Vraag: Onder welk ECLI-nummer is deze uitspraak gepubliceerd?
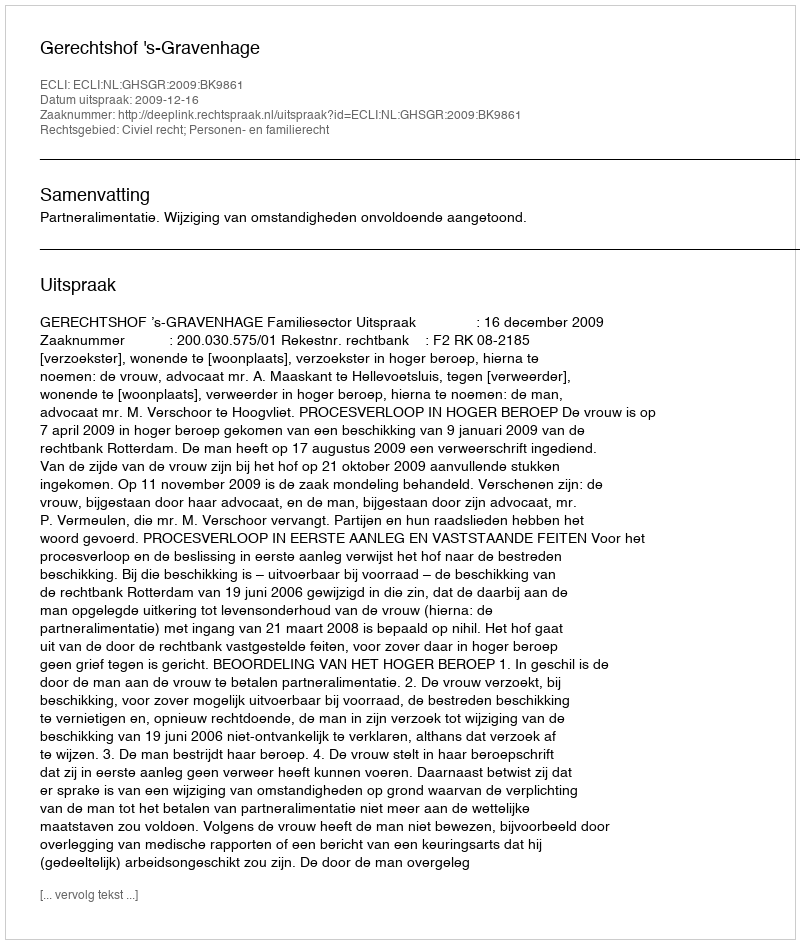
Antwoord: ECLI:NL:GHSGR:2009:BK9861